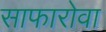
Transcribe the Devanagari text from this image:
साफारोवा